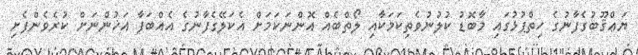
ޔަޢްޤޫބުގެފާނުގެ ހިތްޕުޅުގައި މާބޮޑު ކުލުނުވެތިކަމަކާއި ލޯތްބެއް އޮންނަކަމަށް އެކަލޭގެފާނުގެ އެއްބަފާ އަޚުންނަށް ކުރެވެންފެށި